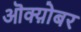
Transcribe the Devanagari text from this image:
ऒक्य़ोबर